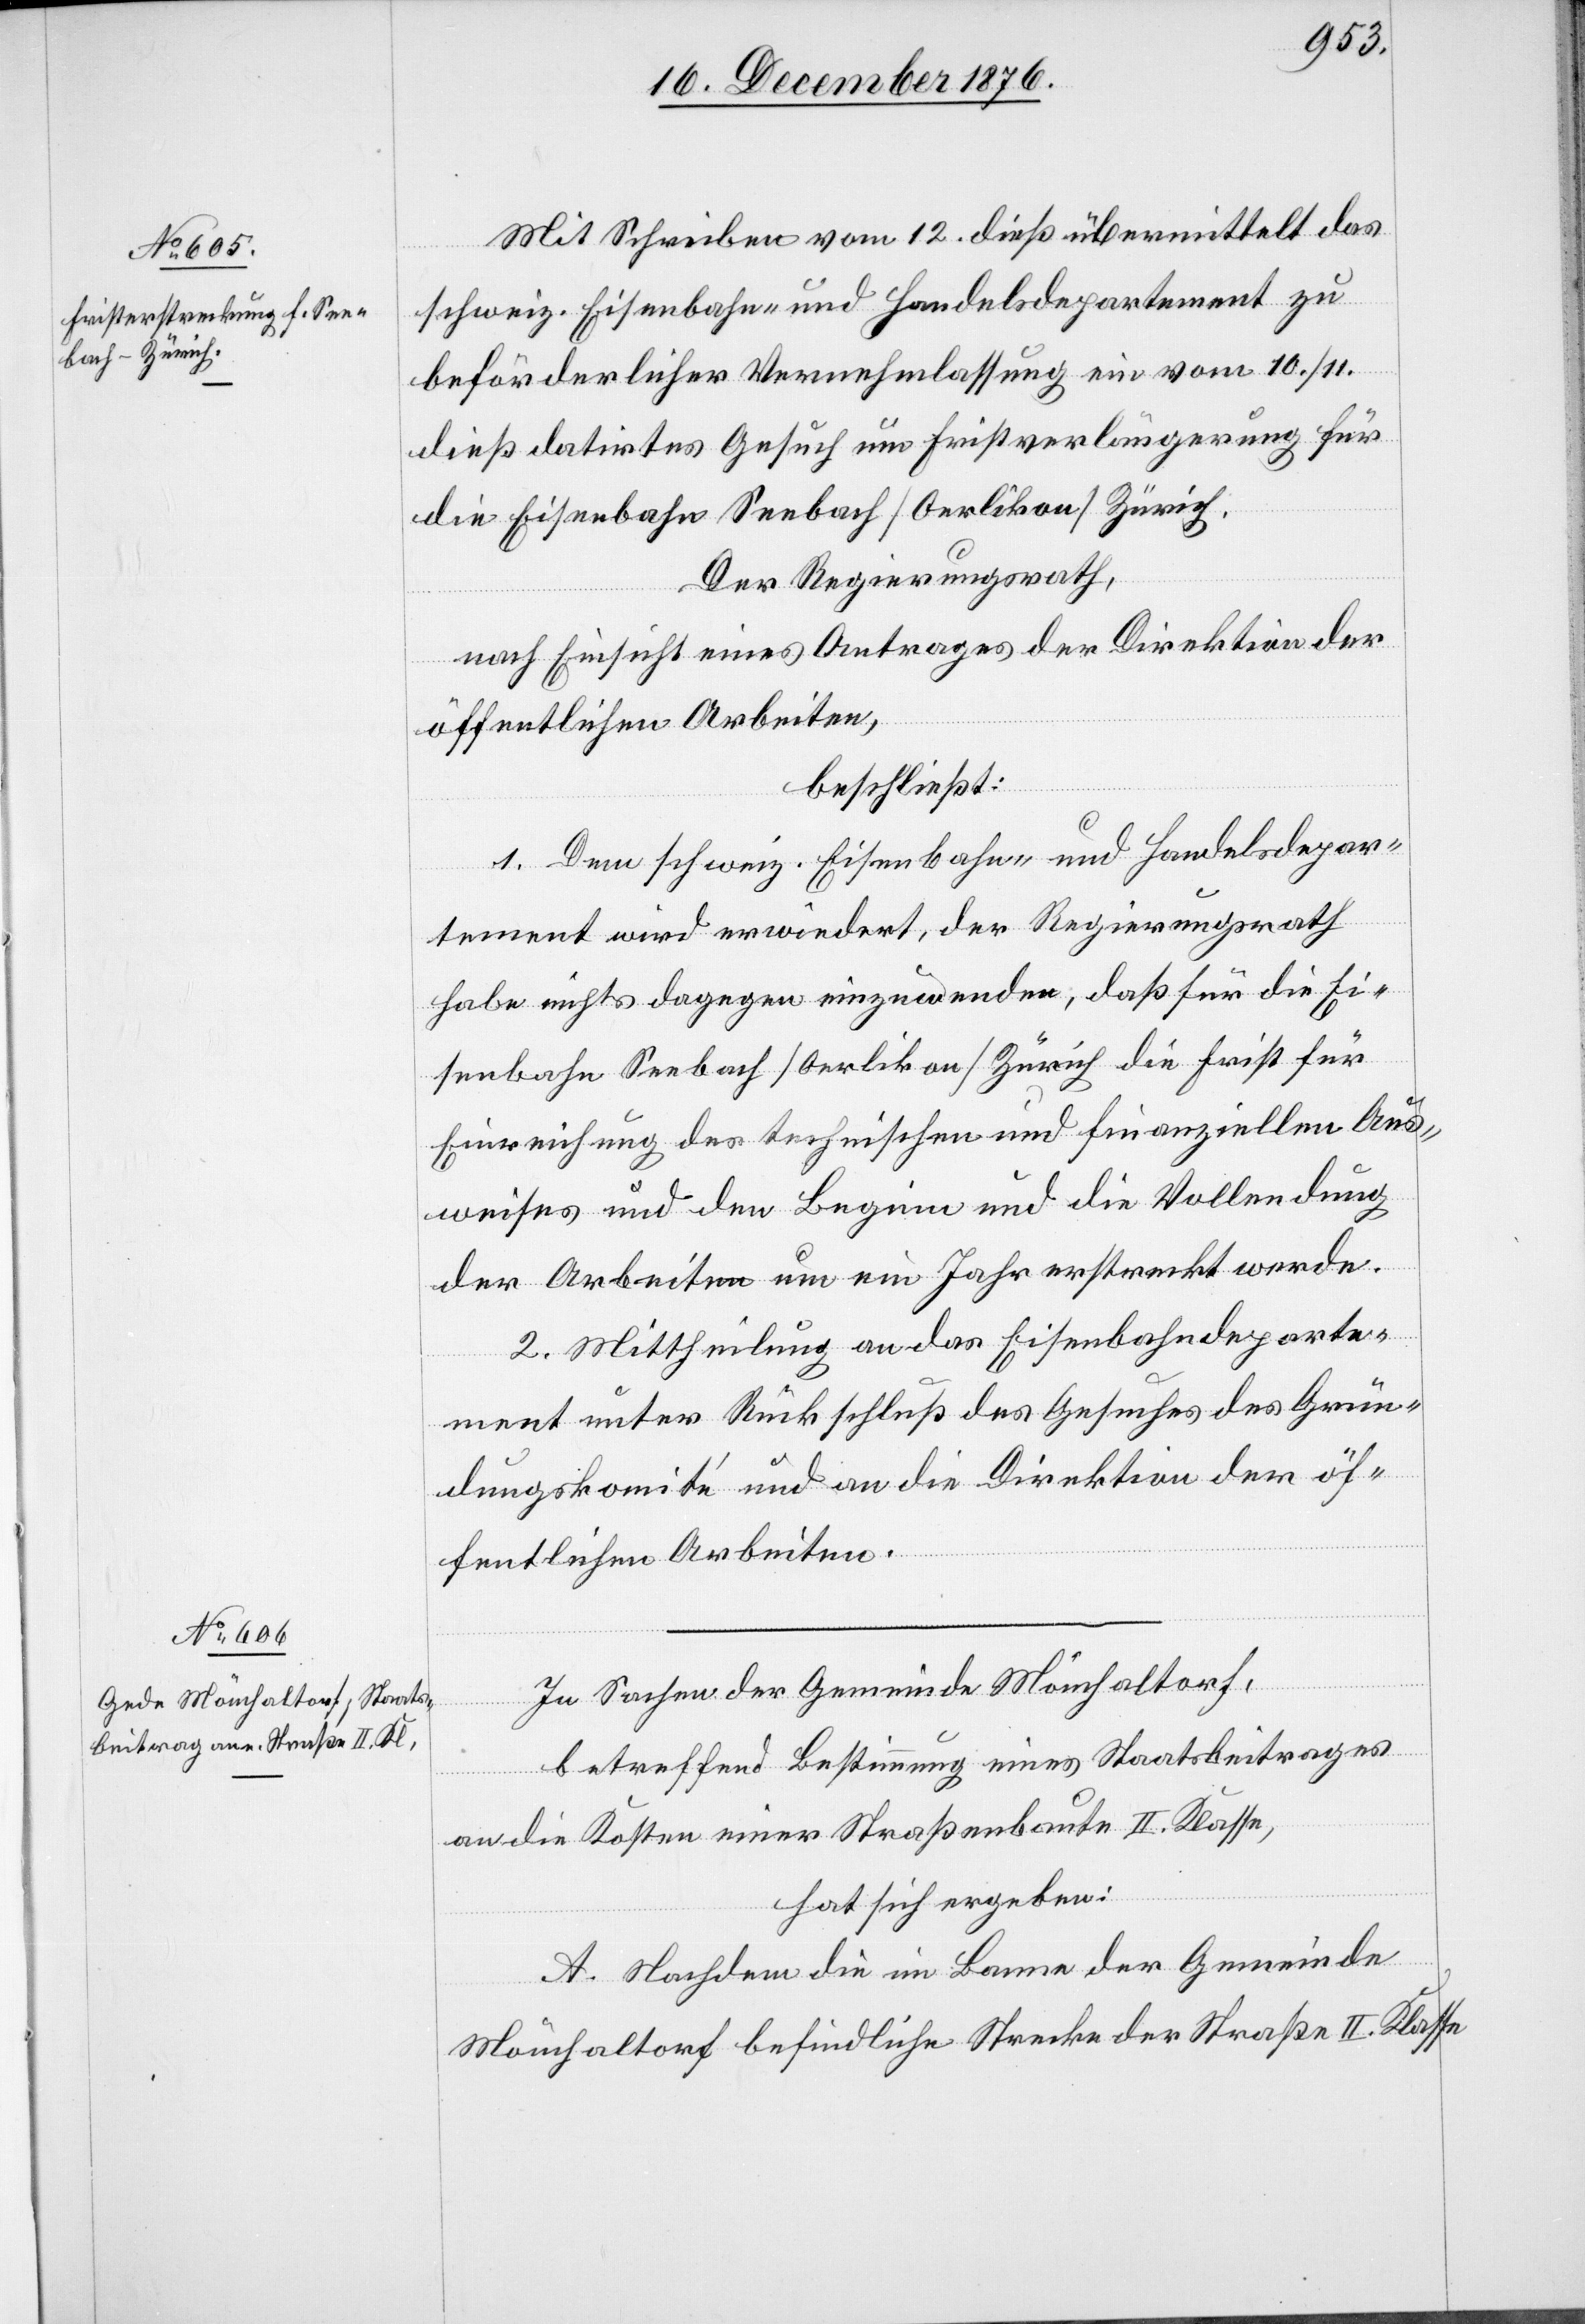
Mit Schreiben vom 12. dieß übermittelt das
schweiz. Eisenbahn- und Handelsdepartement zu
beförderlicher Vernehmlassung ein vom 10./11.
dieß datirtes Gesuch um Fristverlängerung für
die Eisenbahn Seebach [Oerlikon] Zürich.
Der Regierungsrath,
nach Einsicht eines Antrages der Direktion der
öffentlichen Arbeiten,
beschließt:
1. Dem schweiz. Eisenbahn- und Handelsdepar¬
tement wird erwiedert, der Regierungsrath
habe nichts dagegen einzuwenden, daß für die Ei¬
senbahn Seebach [Oerlikon] Zürich die Frist für
Einreichung des technischen und finanziellen Aus¬
weises und den Beginn und die Vollendung
der Arbeiten um ein Jahr erstreckt werde.
2. Mittheilung an das Eisenbahndeparte¬
ment unter Rückschluß des Gesuches des Grün¬
dungskomité und an die Direktion der öf¬
fentlichen Arbeiten.
In Sachen der Gemeinde Mönchaltorf,
betreffend Bestimmung eines Staatsbeitrages
an die Kosten einer Straßenbaute II. Klasse,
hat sich ergeben:
A. Nachdem die im Banne der Gemeinde
Mönchaltorf befindliche Strecke der Straße II. Klasse